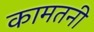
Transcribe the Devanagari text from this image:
कामतनी